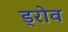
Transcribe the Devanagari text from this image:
ड्रोव